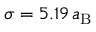
\sigma = 5 . 1 9 \, a _ { \mathrm { B } }